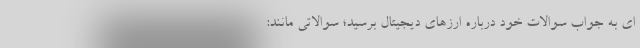
ای به جواب سوالات خود درباره ارزهای دیجیتال برسید؛ سوالاتی مانند: